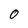
Character: 0